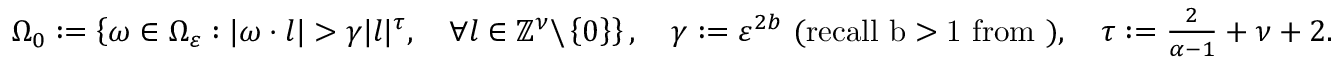
\begin{array} { r } { \Omega _ { 0 } : = \left\{ \omega \in \Omega _ { \varepsilon } : | \omega \cdot l | > \gamma | l | ^ { \tau } , \quad \forall l \in \mathbb { Z } ^ { \nu } \backslash \left\{ 0 \right\} \right\} , \quad \gamma : = \varepsilon ^ { 2 b } \mathrm { ~ ( r e c a l l ~ b > 1 ~ f r o m ~ ) } , \quad \tau : = \frac { 2 } { \alpha - 1 } + \nu + 2 . } \end{array}